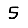
Digit: 5